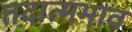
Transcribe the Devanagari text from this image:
तदात्मभाव